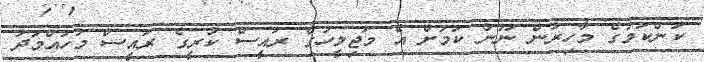
ކަންކަމުގެ މާހިރުން ނޫން ކަމަށް އެ މަޖިލީހުގެ ރައީސް ކުރީގެ ރައީސް މުހައްމަދު